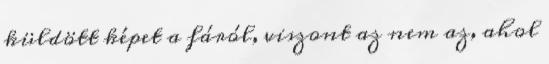
küldött képet a fáról, viszont az nem az, ahol